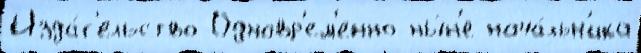
Изда́т'ельство Одновр'ем'енно ны́н'е нача́льн'ика